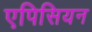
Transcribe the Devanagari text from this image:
एपिसियन